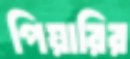
পিয়ারির